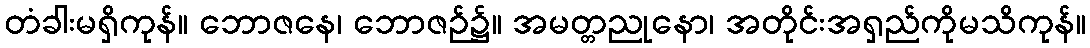
တံခါးမရှိကုန်။ ဘောဇနေ၊ ဘောဇဉ်၌။ အမတ္တညုနော၊ အတိုင်းအရှည်ကိုမသိကုန်။